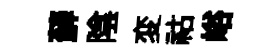
蘚陰変祜峪